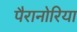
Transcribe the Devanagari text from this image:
पैरानोरिया